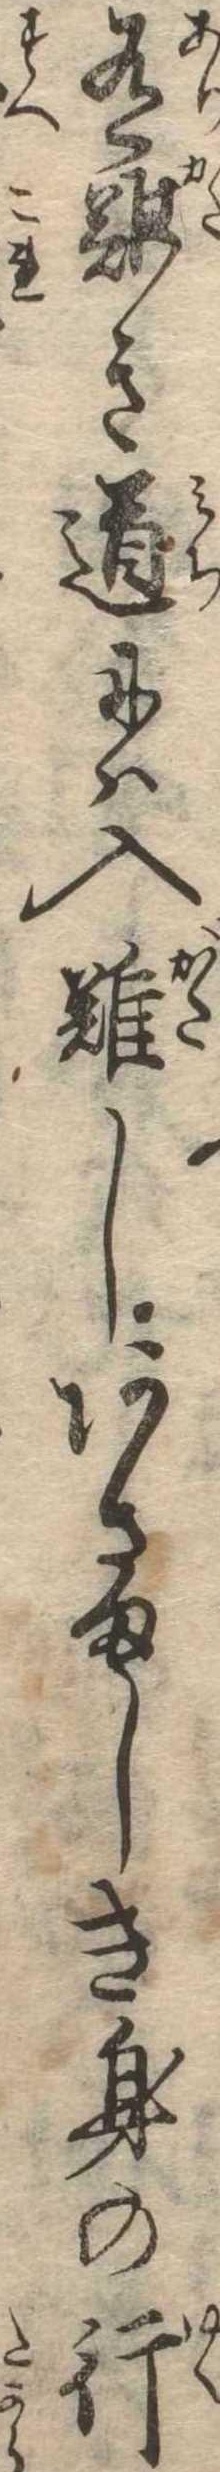
有難き道には入難しあさましき身の行